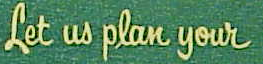
Let us plan your